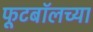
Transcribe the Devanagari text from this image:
फूटबॉलच्या